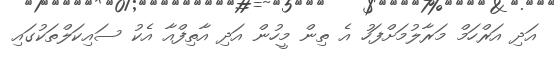
އަދި އަރްހަމް މަރާލުމަށްފަހު އެ ތިން މީހުން އަދި އާތިފްއާ އެކު ސައިކަލްތަކުގައި